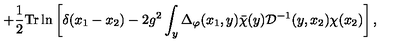
+ \frac { 1 } { 2 } \mathrm { T r } \ln \left[ \delta ( x _ { 1 } - x _ { 2 } ) - 2 g ^ { 2 } \int _ { y } \Delta _ { \varphi } ( x _ { 1 } , y ) { \bar { \chi } } ( y ) { \mathcal D } ^ { - 1 } ( y , x _ { 2 } ) \chi ( x _ { 2 } ) \right] ,